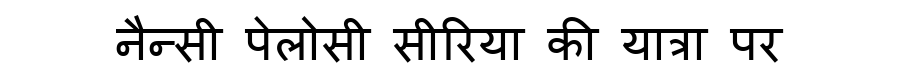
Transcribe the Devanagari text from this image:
नैन्सी पेलोसी सीरिया की यात्रा पर